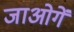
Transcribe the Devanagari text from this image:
जाओगें